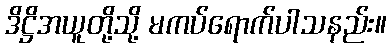
ဒိဋ္ဌိအယူတို့သို့ မကပ်ရောက်ပါသနည်း။